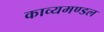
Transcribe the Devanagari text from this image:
काव्यमण्डल